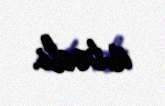
istədi.